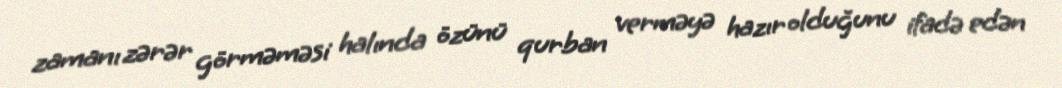
zamanı zərər görməməsi halında özünü qurban verməyə hazır olduğunu ifadə edən